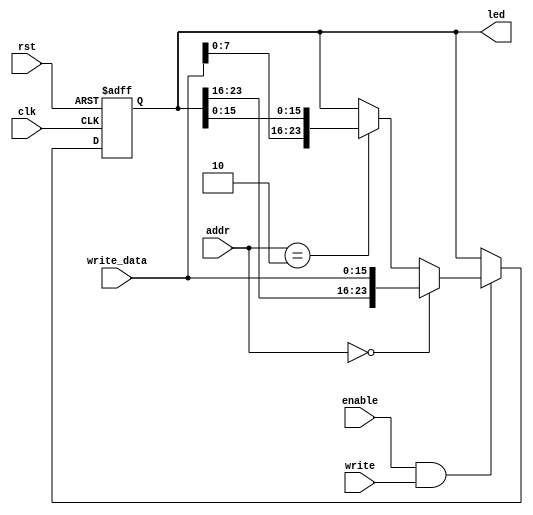
`timescale 1ns / 1ps
//////////////////////////////////////////////////////////////////////////////////

module leds(clk, rst, write, enable, addr,write_data, led);
    input clk;    		    
    input rst; 		        
    input write;		       // ioWrite from controller
    input enable;		     //ledctrl from MemOrIO
    input[1:0] addr;	        // last 2 bit of address
    input[15:0] write_data;	  //  data written to the led
    output reg[23:0] led;	//  24 bit signal sent to board
    
    always@(posedge clk or posedge rst) begin
        if(rst) begin
            led <= 24'h000000;
        end
		else if(enable && write) begin
			if(addr == 2'b00)
				led[23:0] <= { led[23:16], write_data[15:0] };
			else if(addr == 2'b10 )
				led[23:0] <= { write_data[7:0], led[15:0] };
			else
				led <= led;
        end
		else begin
            led <= led;
        end
    end
endmodule